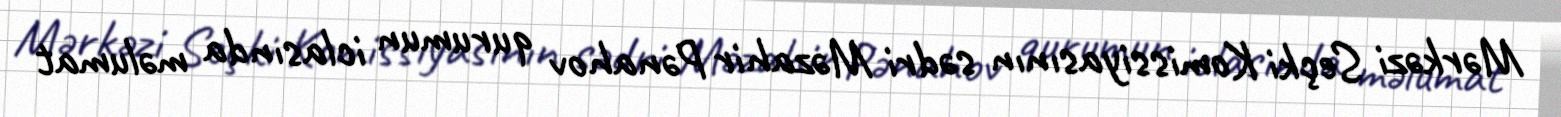
Mərkəzi Seçki Komissiyasının sədri Məzahir Pənahov qurumun iclasında məlumat